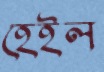
হেইল